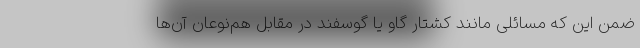
ضمن این که مسائلی مانند کشتار گاو یا گوسفند در مقابل هم‌نوعان آن‌ها